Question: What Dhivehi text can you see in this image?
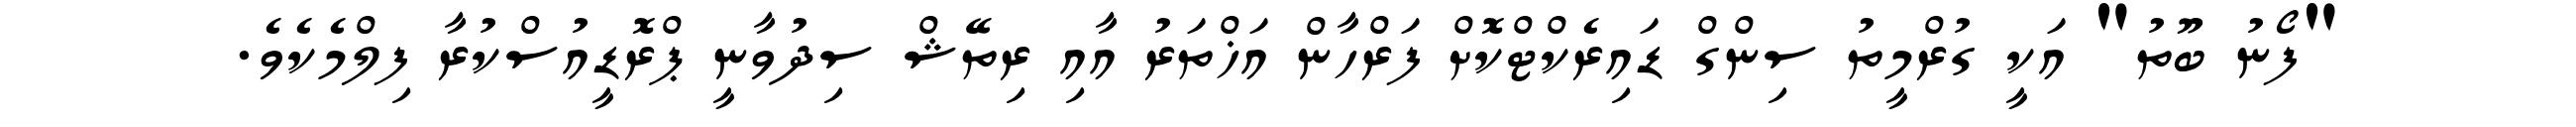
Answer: "ފޯނު ބޫތު" އަކީ ގުރްމީތު ސިންގް ޑައިރެކްޓްކޮށް ފަރްހާން އަޚްތަރު އާއި ރިތޭޝް ސިދުވާނީ ޕްރޮޑީއުސްކުރާ ފިލްމެކެވެ.